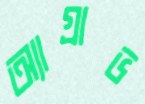
অ্যাগ্রাভ